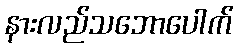
နားလည်သဘောပေါက်